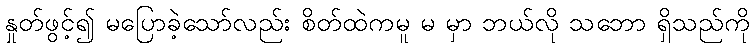
နှုတ်ဖွင့်၍ မပြောခဲ့သော်လည်း စိတ်ထဲကမူ မ မှာ ဘယ်လို သဘော ရှိသည်ကို